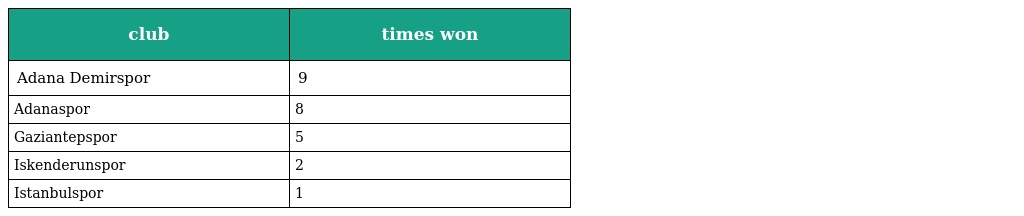
| club | times won |
 | --- | --- |
 | Adana Demirspor | 9 |
 | Adanaspor | 8 |
 | Gaziantepspor | 5 |
 | Iskenderunspor | 2 |
 | Istanbulspor | 1 |